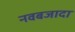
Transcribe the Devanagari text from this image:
नवबजादा